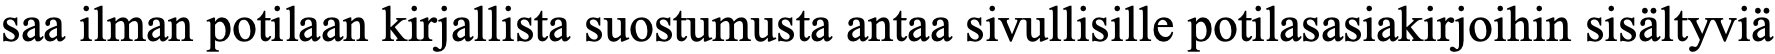
saa ilman potilaan kirjallista suostumusta antaa sivullisille potilasasiakirjoihin sisältyviä